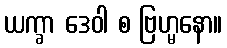
ယက္ခာ ဒေဝါ စ ဗြဟ္မနော။